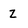
Character: Z